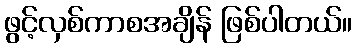
ဖွင့်လှစ်ကာစအချိန် ဖြစ်ပါတယ်။